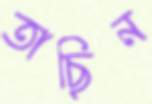
তাছিন